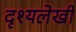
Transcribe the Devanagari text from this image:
दृश्यलेखी